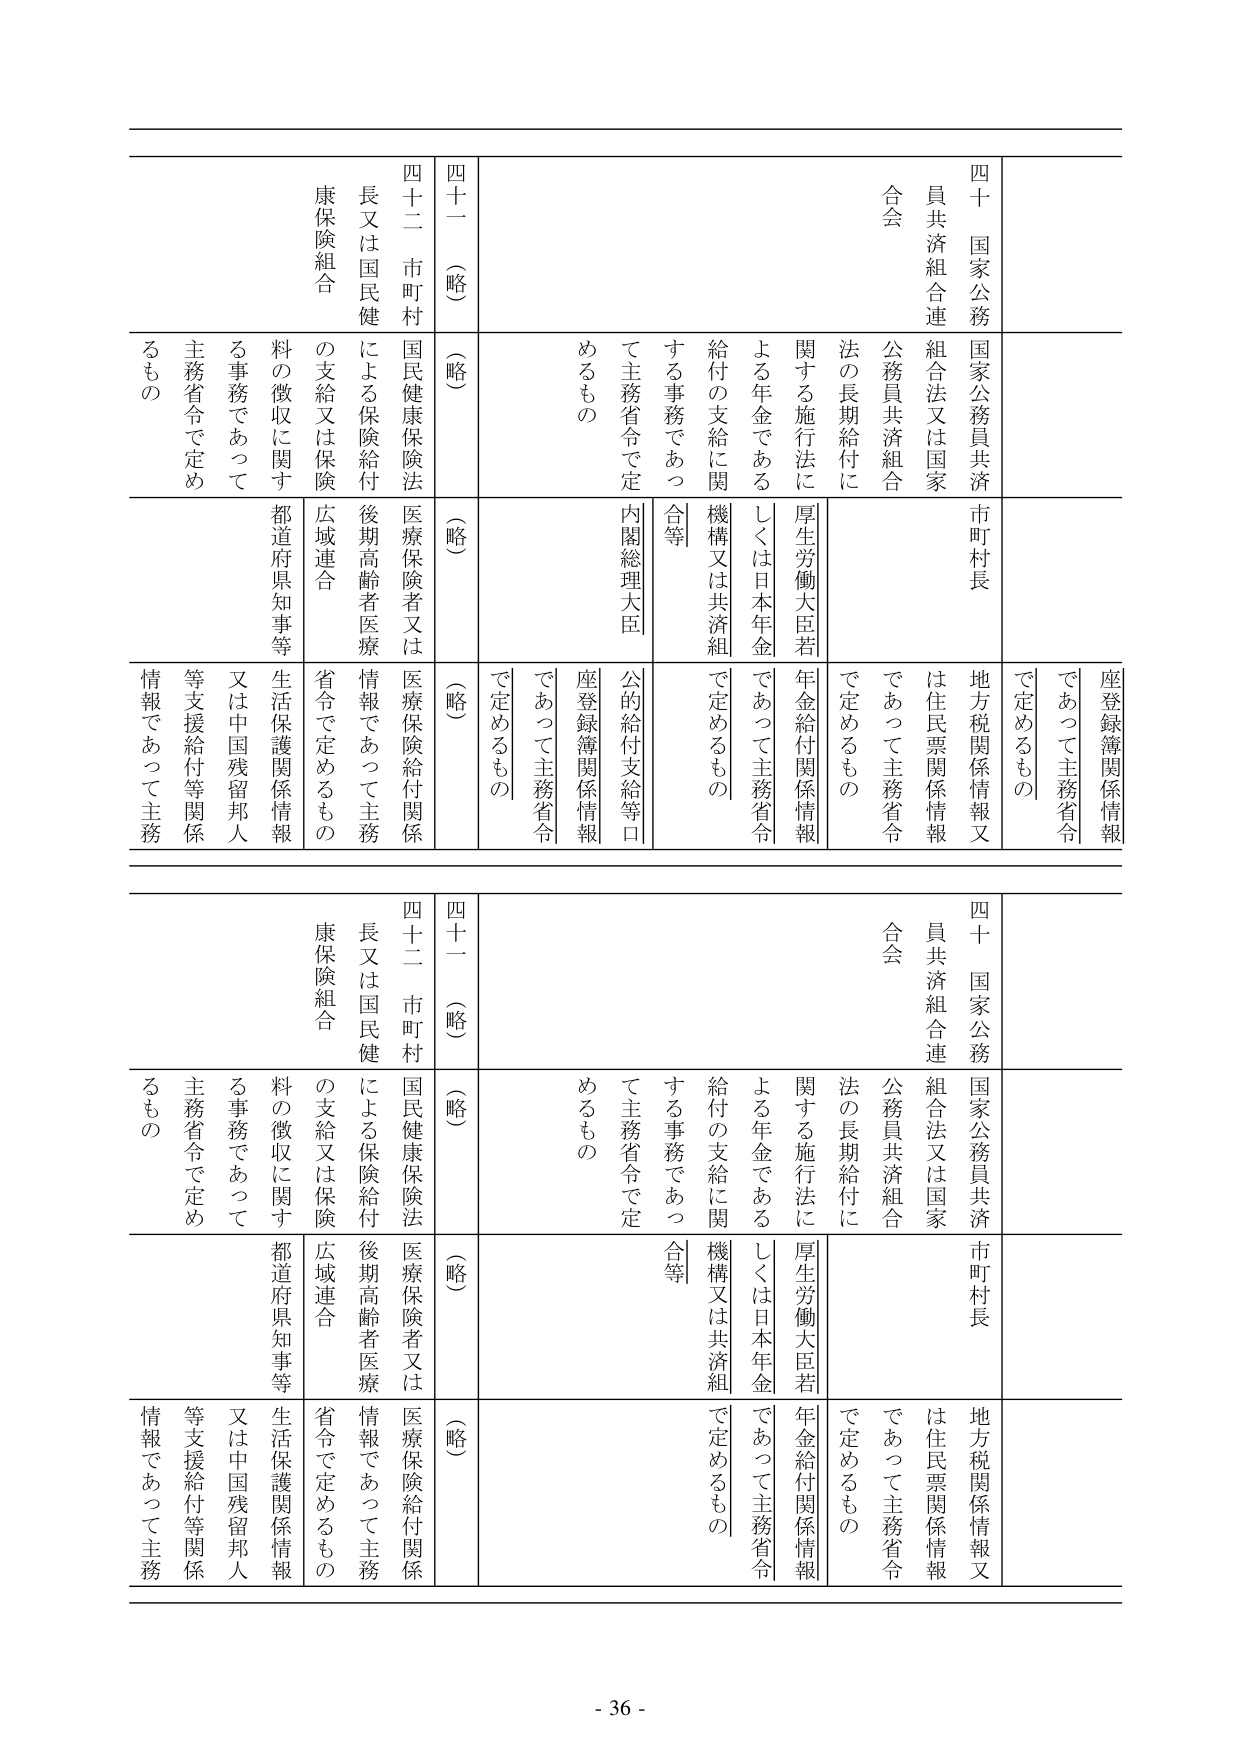
四十一（略）
四十二 市町村
国民健康保険法
長又は国民健
康保険組合
の支給又は保険
料の徴収に関する事務であって
主務省令で定めるもの

（略）
（略）
（略）

四十一（略）
四十二 市町村
国民健康保険法
長又は国民健
康保険組合
の支給又は保険
料の徴収に関する事務であって
主務省令で定めるもの

（略）
（略）
（略）

国家公務員共済
市町村長
地方税関係情報又
は住民票関係情報
であって主務省令
で定めるもの

国家公務員共済
組合法又は国家
公務員共済組合
法の長期給付に
関する施行法に
よる年金である
しくは日本年金
給付の支給に関
する事務であっ
て主務省令で定
めるもの

厚生労働大臣若
しくは日本年金
機構又は共済組
合等
内閣総理大臣
公的給付支給等口
座登録簿関係情報
であって主務省令
で定めるもの

座登録簿関係情報
であって主務省令
で定めるもの

医療保険者又は
医療保険給付関係
情報であって主務
省令で定めるもの

後期高齢者医療
広域連合
都道府県知事等
生活保護関係情報
又は中国残留邦人
等支援給付等関係
情報であって主務
省令で定めるもの

国家公務員共済
市町村長
地方税関係情報又
は住民票関係情報
であって主務省令
で定めるもの

国家公務員共済
組合法又は国家
公務員共済組合
法の長期給付に
関する施行法に
よる年金である
しくは日本年金
給付の支給に関
する事務であっ
て主務省令で定
めるもの

厚生労働大臣若
しくは日本年金
機構又は共済組
合等
内閣総理大臣
公的給付支給等口
座登録簿関係情報
であって主務省令
で定めるもの

座登録簿関係情報
であって主務省令
で定めるもの

医療保険者又は
医療保険給付関係
情報であって主務
省令で定めるもの

後期高齢者医療
広域連合
都道府県知事等
生活保護関係情報
又は中国残留邦人
等支援給付等関係
情報であって主務
省令で定めるもの

- 36 -